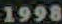
1998